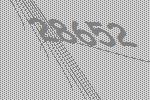
28652